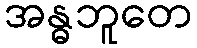
အန္ဓဘူတေ